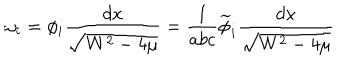
\omega _ { i } = \phi _ { i } \frac { d x } { \sqrt { W ^ { 2 } - 4 \mu } } = \frac { 1 } { a b c } \widetilde { \phi } _ { i } \frac { d x } { \sqrt { W ^ { 2 } - 4 \mu } }